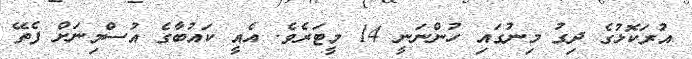
އުރަކޮޅުގެ ދިގު މިނުގައި ހުންނަނީ 14 މީޓަރެވެ. އެއީ ކައުބާގެ އުސްމިނަށް ފެތޭ